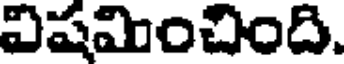
విషమించింది.